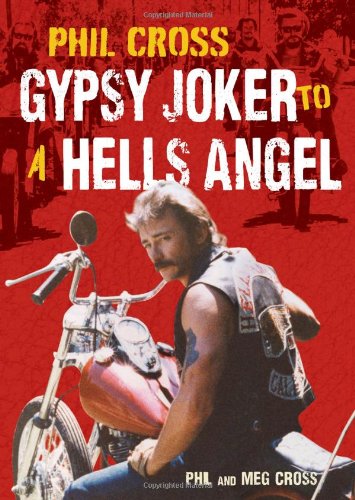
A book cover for Phil Cross: Gypsy Joker to a Hells Angel; Phil Cross; Engineering & Transportation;